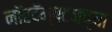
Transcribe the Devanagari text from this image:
नॉरदॅम्पटनच्या